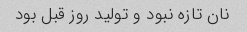
نان تازه نبود و تولید روز قبل بود